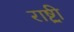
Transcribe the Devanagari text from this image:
राष्ट्र्री